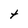
Character: t